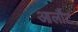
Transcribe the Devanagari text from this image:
आर्लौट